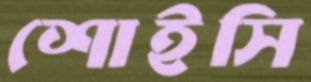
শোইসি